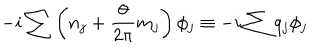
LaTeX: - i \sum \left( n _ { j } + \frac { \theta } { 2 \pi } m _ { j } \right) \phi _ { j } \equiv - i \sum q _ { j } \phi _ { j }